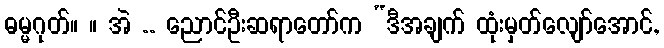
ဓမ္မဂုတ်။ ။ အဲ .. ညောင်ဦးဆရာတော်က “ဒီအချက် ထုံးမှတ်လျော်အောင်,